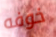
خوفه